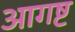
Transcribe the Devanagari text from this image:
आगष्ट